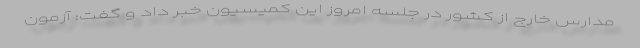
مدارس خارج از کشور در جلسه امروز این کمیسیون خبر داد و گفت: آزمون